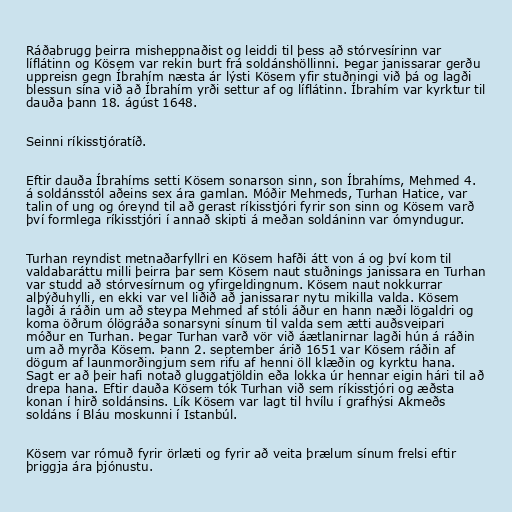
Ráðabrugg þeirra misheppnaðist og leiddi til þess að stórvesírinn var
líflátinn og Kösem var rekin burt frá soldánshöllinni. Þegar janissarar gerðu
uppreisn gegn Íbrahím næsta ár lýsti Kösem yfir stuðningi við þá og lagði
blessun sína við að Íbrahím yrði settur af og líflátinn. Íbrahím var kyrktur til
dauða þann 18. ágúst 1648.

Seinni ríkisstjóratíð.

Eftir dauða Íbrahíms setti Kösem sonarson sinn, son Íbrahíms, Mehmed 4.
á soldánsstól aðeins sex ára gamlan. Móðir Mehmeds, Turhan Hatice, var
talin of ung og óreynd til að gerast ríkisstjóri fyrir son sinn og Kösem varð
því formlega ríkisstjóri í annað skipti á meðan soldáninn var ómyndugur.

Turhan reyndist metnaðarfyllri en Kösem hafði átt von á og því kom til
valdabaráttu milli þeirra þar sem Kösem naut stuðnings janissara en Turhan
var studd að stórvesírnum og yfirgeldingnum. Kösem naut nokkurrar
alþýðuhylli, en ekki var vel liðið að janissarar nytu mikilla valda. Kösem
lagði á ráðin um að steypa Mehmed af stóli áður en hann næði lögaldri og
koma öðrum ólögráða sonarsyni sínum til valda sem ætti auðsveipari
móður en Turhan. Þegar Turhan varð vör við áætlanirnar lagði hún á ráðin
um að myrða Kösem. Þann 2. september árið 1651 var Kösem ráðin af
dögum af launmorðingjum sem rifu af henni öll klæðin og kyrktu hana.
Sagt er að þeir hafi notað gluggatjöldin eða lokka úr hennar eigin hári til að
drepa hana. Eftir dauða Kösem tók Turhan við sem ríkisstjóri og æðsta
konan í hirð soldánsins. Lík Kösem var lagt til hvílu í grafhýsi Akmeðs
soldáns í Bláu moskunni í Istanbúl.

Kösem var rómuð fyrir örlæti og fyrir að veita þrælum sínum frelsi eftir
þriggja ára þjónustu.